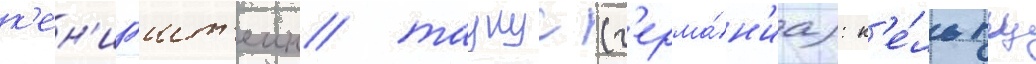
к'ен'игшт'еин/ таунус (г'ерма́н'иа): к'е́льтц